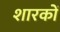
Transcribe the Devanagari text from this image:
शारकों